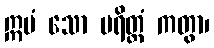
ဣမံ သော ပရိတ္တံ ကတွာ၊